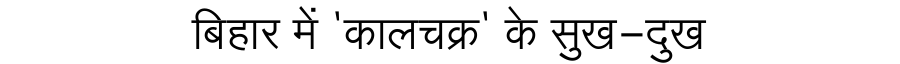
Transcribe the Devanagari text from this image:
बिहार में 'कालचक्र' के सुख-दुख